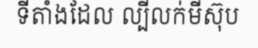
ទីតាំងដែល ល្បីលក់មីស៊ុប